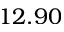
1 2 . 9 0